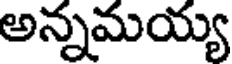
అన్నమయ్య